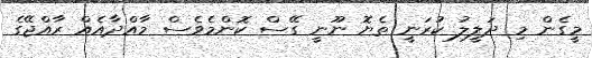
މީގެން މި ދަލީލު ކުރަނީ ތެޔޮ ނޫނީ ގޭސް ކޮންމެވެސް މާއްދާއެއް ރާއްޖޭގެ